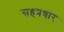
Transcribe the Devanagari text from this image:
सहत्रधार